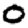
Digit: 0